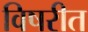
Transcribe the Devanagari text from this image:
विषरीत